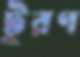
টূরণ